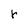
Character: r